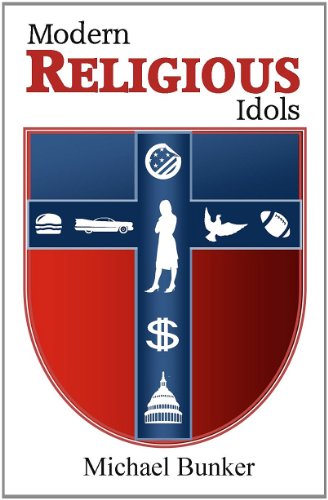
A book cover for Modern Religious Idols; Michael Bunker; Christian Books & Bibles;